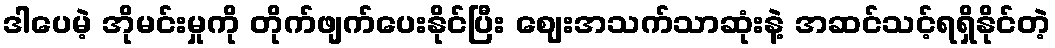
ဒါပေမဲ့ အိုမင်းမှုကို တိုက်ဖျက်ပေးနိုင်ပြီး ဈေးအသက်သာဆုံးနဲ့ အဆင်သင့်ရရှိနိုင်တဲ့